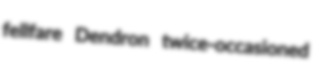
fellfare Dendron twice-occasioned